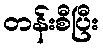
တန်းစီပြီး